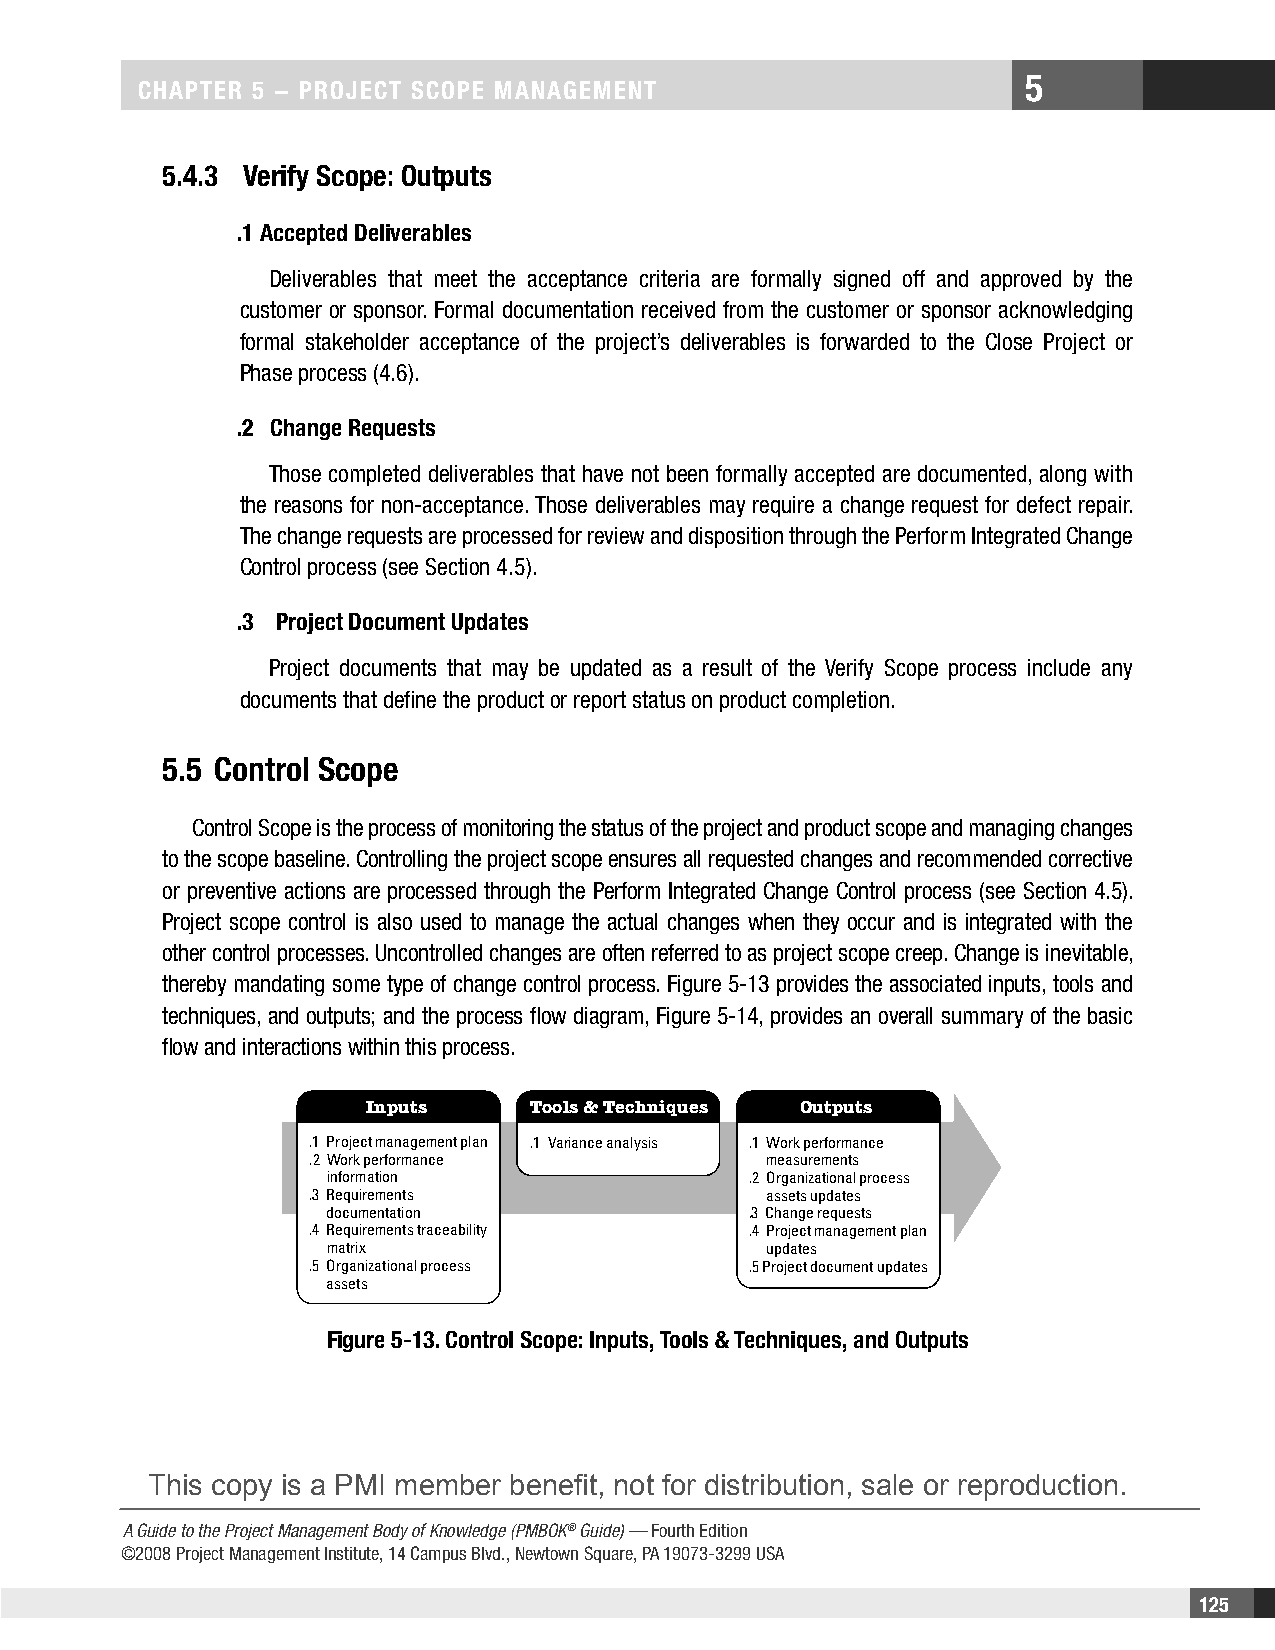
5
 CHAPTER 5 − PROjECT SCOPE MAnAgEMEnT
 5.4.3 Verify Scope: Outputs
 .1 Accepted Deliverables
 Deliverables that meet the acceptance criteria are formally signed off and approved by the
 customer or sponsor. Formal documentation received from the customer or sponsor acknowledging
 formal stakeholder acceptance of the project’s deliverables is forwarded to the Close Project or
 Phase process (4.6).
 .2 Change Requests
 Those completed deliverables that have not been formally accepted are documented, along with
 the reasons for non-acceptance. Those deliverables may require a change request for defect repair.
 The change requests are processed for review and disposition through the Perform Integrated Change
 Control process (see Section 4.5).
 .3 Project Document Updates
 Project documents that may be updated as a result of the Verify Scope process include any
 documents that define the product or report status on product completion.
 5.5 Control Scope
 Control Scope is the process of monitoring the status of the project and product scope and managing changes
 to the scope baseline. Controlling the project scope ensures all requested changes and recommended corrective
 or preventive actions are processed through the Perform Integrated Change Control process (see Section 4.5).
 Project scope control is also used to manage the actual changes when they occur and is integrated with the
 other control processes. Uncontrolled changes are often referred to as project scope creep. Change is inevitable,
 thereby mandating some type of change control process. Figure 5-13 provides the associated inputs, tools and
 techniques, and outputs; and the process flow diagram, Figure 5-14, provides an overall summary of the basic
 flow and interactions within this process.
 Inputs     Tools & Techniques Outputs
 .1 Project management plan .1 Variance analysis .1 Work performance
 .2 Work performance           measurements
 information                 .2 Organizational process
 .3 Requirements               assets updates
 documentation               .3 Change requests
 .4 Requirements traceability .4 Project management plan
 matrix                       updates
 .5 Organizational process    .5 Project document updates
 assets
 Figure 5-13. Control Scope: Inputs, Tools & Techniques, and Outputs
 This copy is a PMI member benefit, not for distribution, sale or reproduction.
 A Guide to the Project Management Body of Knowledge (PMBOK® Guide) — Fourth Edition
 ©2008 Project Management Institute, 14 Campus Blvd., Newtown Square, PA 19073-3299 USA
 125